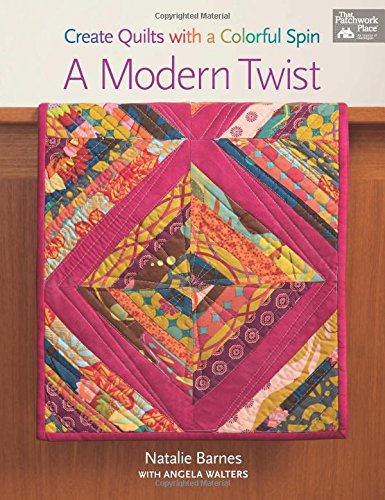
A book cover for A Modern Twist: Create Quilts with a Colorful Spin; Natalie Barnes; Crafts, Hobbies & Home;